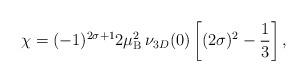
LaTeX: \begin{align*}\chi = (-1)^{2\sigma+1} 2 \mu_{\rm B}^2 \, \nu_{3D}(0) \left[(2\sigma)^2 -\frac{1}{3}\right], \end{align*}